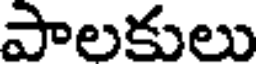
పాలకులు